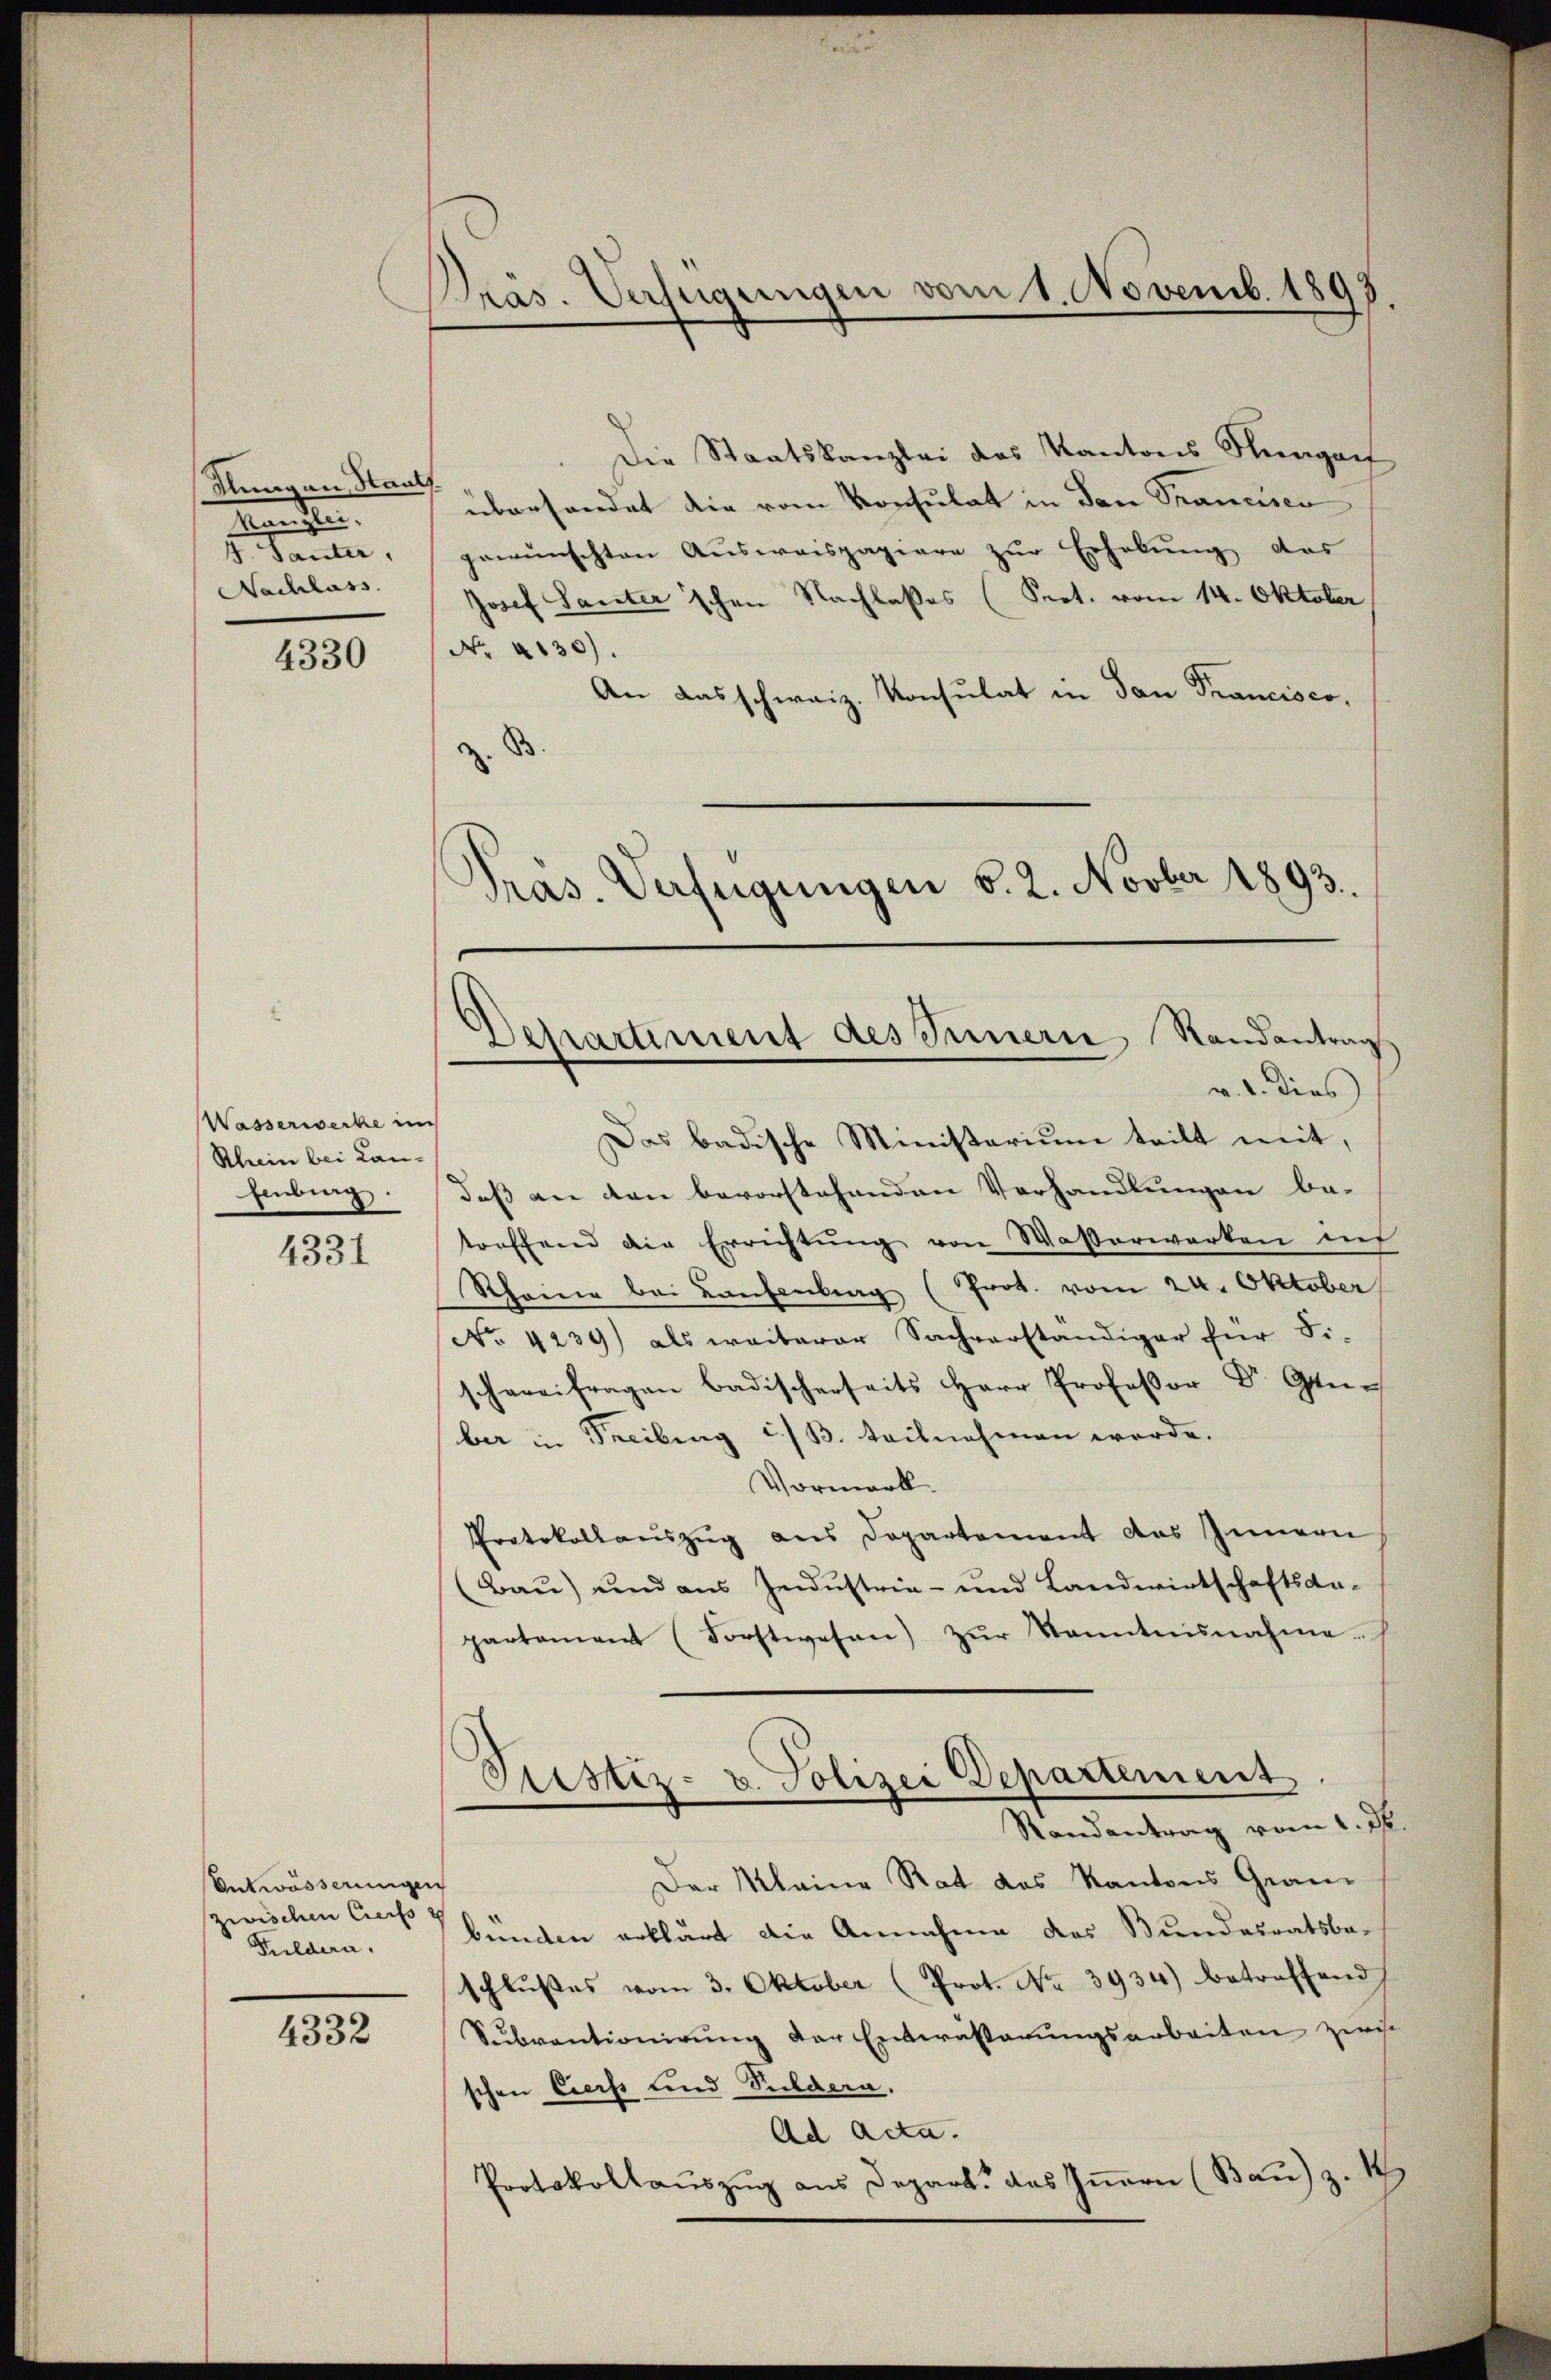
Nung an Staat
Aenden.
4 Sauter,
Nachlass

4330

Wasserwecke im
Rhein bei Lan¬
Einbing.

4331

Entwässerungen
zwischen Creifs
Puldera

4332

Präs. Verfügungen vom 1. Novemb. 1893

)
Schartiment des Innern Randantrag
v. 1. dies

Die Staatskanzlei des Kantons Rungar
überhandet die vom Konsulat in San Francisen
gewünschten Ausweispapiere zur Erholung des
Josef Sauter'schen Nachlasses (Prot. vom 14. Oktober
No. 4130).
An das schweiz. Konsulat in San Francisco,
z. B
Präs. Verfügungen v. 2. Novber 1893.

Das badische Ministerium teilt mit,
daß an den bevorstehenden Verhandlungen be-
torffend die Errichtŭng von Wasserwerken uns
Rheine bei Laufentrag (Prot. vom 24. Oktober
No. 4239) als weiterer Sachverständiger für Fi-
schareifragen badischerseits Herr Professor Dr. Gene
ber in Freibung i./B. teilnehmen werde.
Vormerk.
Protokollauszug aus Departement das Innern
(Bau) und aus Jndustrie- und Landwirtschaftsan-
partament (Forstwesen) zŭr Kenntnisnahme.
Prestiz- u. Polizei Departement
Randantrag vom 1. M.
Der Kleine Rat des Kantons Gran
bunden erklärt die Annahme des Bundesratsba-
schlŭβes vom 3. Oktober (Prot. No 3934) betreffend
Subventionirung der Entwässerungsarbeiten zwis
schen Corss und Puldern.
Ad Acta.
Protokollaŭszŭg ans Depart des Iṅern (Bau) z. 1